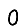
Digit: 0